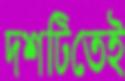
দশটিতেই